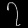
Digit: ၇